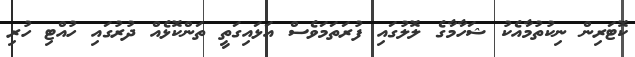
ކޮޓަރިން ނިކުތުމާއެކު ޝަހާމާގެ ލޮލުގައި ފުރަތަމަވެސް އަޅައިގަތީ ތަންކޮޅެއް ދުރުގައި ހުއްޓި ހުރި